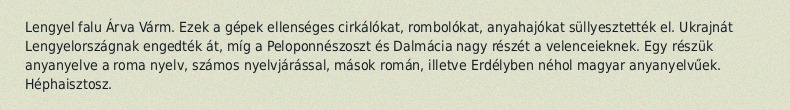
Lengyel falu Árva Várm. Ezek a gépek ellenséges cirkálókat, rombolókat, anyahajókat süllyesztették el. Ukrajnát Lengyelországnak engedték át, míg a Peloponnészoszt és Dalmácia nagy részét a velenceieknek. Egy részük anyanyelve a roma nyelv, számos nyelvjárással, mások román, illetve Erdélyben néhol magyar anyanyelvűek. Héphaisztosz.